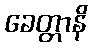
ခေတ္တာနိ